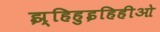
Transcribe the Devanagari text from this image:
झ्हिहुइहिहीओ